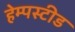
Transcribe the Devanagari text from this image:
हेम्पस्टीड